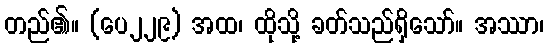
တည်၏။ (ပေ၂၂၉) အထ၊ ထိုသို့ ခတ်သည်ရှိသော်။ အဿာ၊